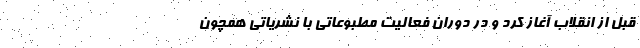
قبل از انقلاب آغاز کرد و در دوران فعالیت مطبوعاتی با نشریاتی همچون